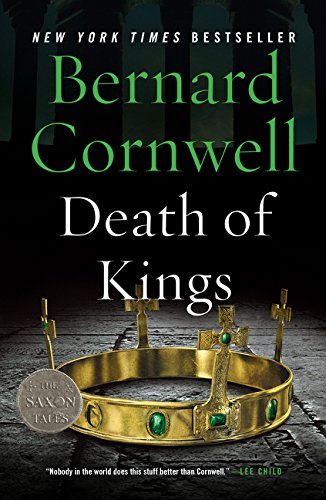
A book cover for Death of Kings (Saxon Tales); Bernard Cornwell; Literature & Fiction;